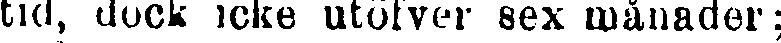
tid, dock icke utöfver sex månader;